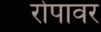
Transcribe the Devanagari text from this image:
रोपावर